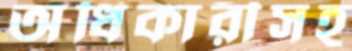
অধিকারীসহ